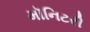
મૉનિટરી